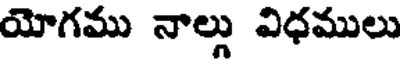
యోగము నాల్లు విధములు